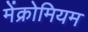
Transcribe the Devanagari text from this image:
मेंक्रोमियम